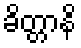
ခိတ္တာနိ